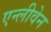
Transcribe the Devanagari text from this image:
एन्लीवेन